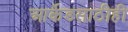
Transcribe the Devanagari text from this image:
आर्केडसाठीही